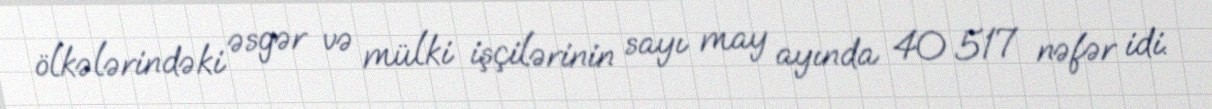
ölkələrindəki əsgər və mülki işçilərinin sayı may ayında 40 517 nəfər idi.